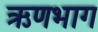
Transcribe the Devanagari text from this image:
ऋणभाग